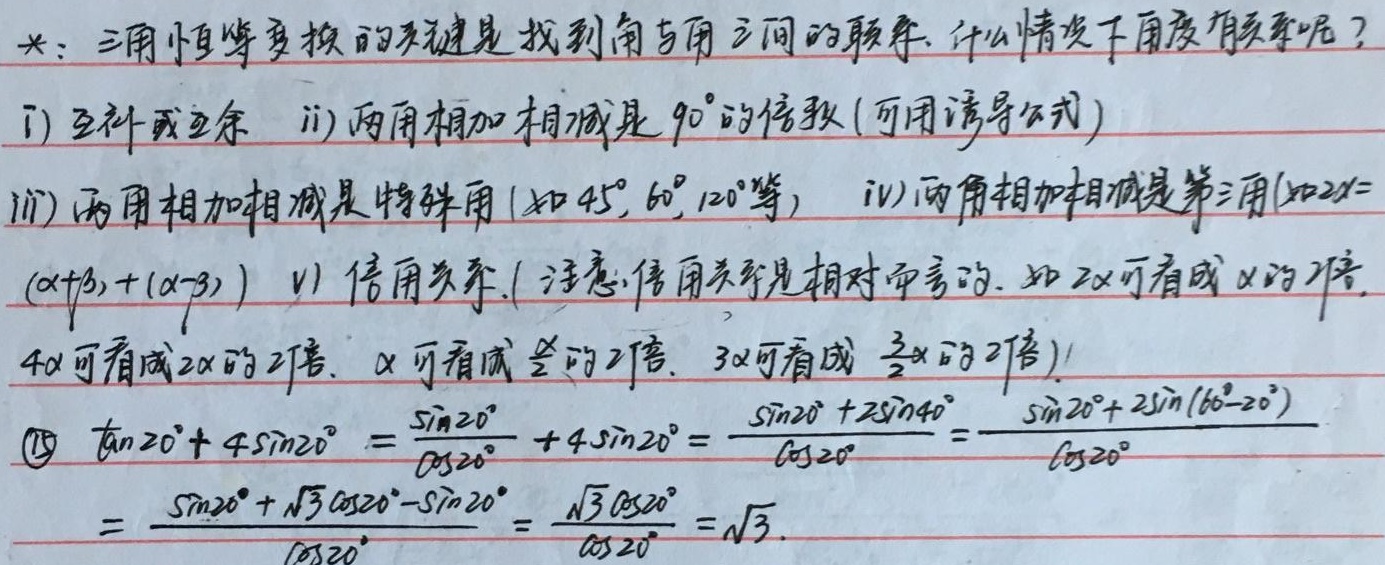
*：三角恒等变换的关键是找到角与角之间的联系。什么情况下角度有联系呢？
i) 互补或互余
ii) 两角相加相减是 \(90^{\circ}\)的倍数(可用诱导公式)
iii) 两角相加相减是特殊角(如 \(45^{\circ},60^{\circ},120^{\circ}\)等)
iv) 两角相加相减是第三角(如 \(2\alpha=(\alpha + \beta)+(\alpha-\beta)\))
v) 倍角关系。( 注意倍角关系是相对而言的。如 \(2\alpha\)可看成 \(\alpha\)的2倍，\(4\alpha\)可看成 \(2\alpha\)的2倍，\(\alpha\)可看成 \(\frac{\alpha}{2}\)的2倍，\(3\alpha\)可看成 \(\frac{3}{2}\alpha\)的2倍)

\(\textcircled{19}\)
\[
\begin{align*}
&\tan20^{\circ}+4\sin20^{\circ}\\
=&\frac{\sin20^{\circ}}{\cos20^{\circ}}+4\sin20^{\circ}\\
=&\frac{\sin20^{\circ}+2\sin40^{\circ}}{\cos20^{\circ}}\\
=&\frac{\sin20^{\circ}+2\sin(60^{\circ}-20^{\circ})}{\cos20^{\circ}}\\
=&\frac{\sin20^{\circ}+\sqrt{3}\cos20^{\circ}-\sin20^{\circ}}{\cos20^{\circ}}\\
=&\frac{\sqrt{3}\cos20^{\circ}}{\cos20^{\circ}}\\
=&\sqrt{3}
\end{align*}
\]